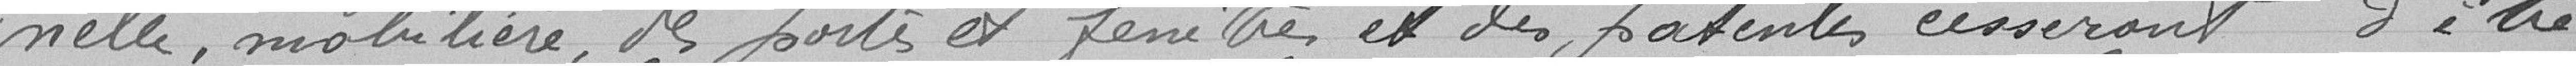
nelle, mobilière, des portes et fenêtres et des patentes cesseront d'être